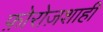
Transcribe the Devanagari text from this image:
फ़ोरोज़शाही